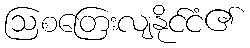
ဩစတြေးလျနိုင်ငံ၏